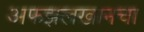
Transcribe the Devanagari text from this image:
अफझलखानचा